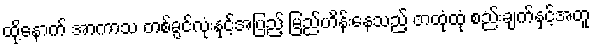
ထို့နောက် အာကာသ တစ်ခွင်လုံးနှင့်အပြည့် မြည်ဟိန်းနေသည့် တထုံထုံ စည်းချက်နှင့်အတူ